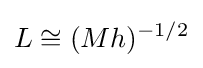
L\cong (Mh)^{-1/2}